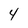
Character: 4